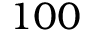
1 0 0